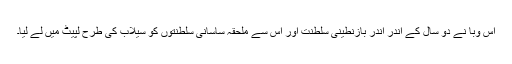
اس وبا نے دو سال کے اندر اندر بازنطینی سلطنت اور اس سے ملحقہ ساسانی سلطنتوں کو سیلاب کی طرح لپیٹ میں لے لیا۔